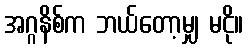
အဂ္ဂနိစ်က ဘယ်တော့မျှ မငို။